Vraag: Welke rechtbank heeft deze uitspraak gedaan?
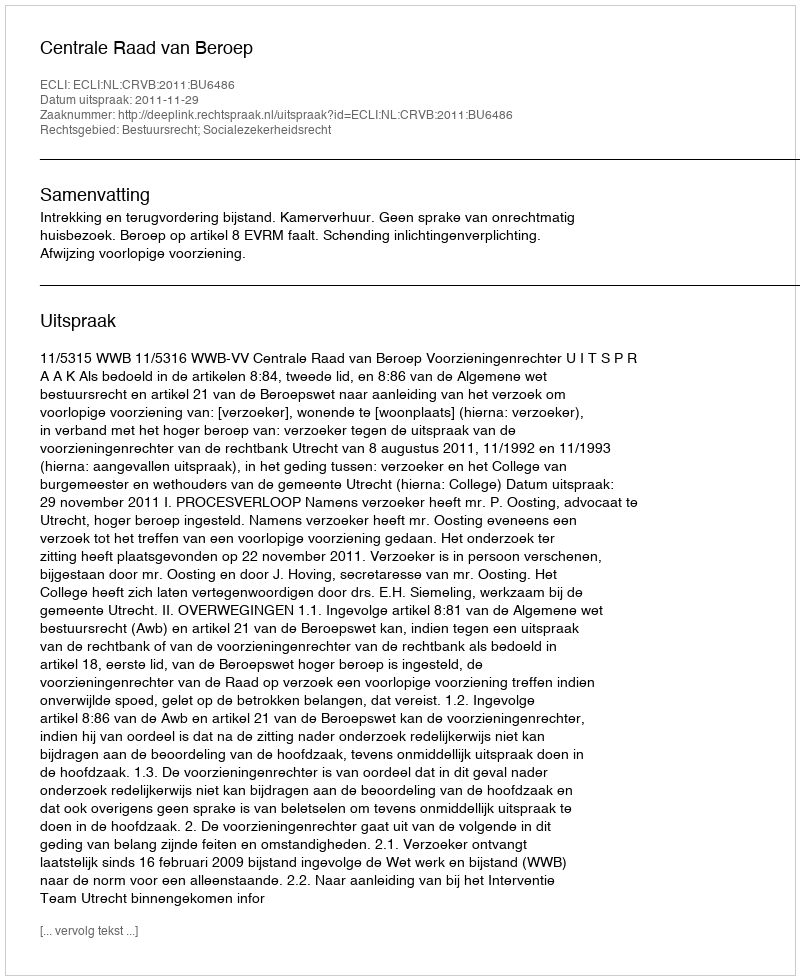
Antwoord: Centrale Raad van Beroep